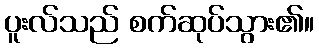
ပူးလ်သည် စက်ဆုပ်သွား၏။